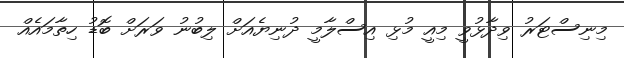
މިނިސްޓަރު ވިދާޅުވީ މިއީ މުޅި އިސްލާމީ ދުނިޔެއަށް ލިބުނު ވަރަށް ބޮޑު ހިތާމައެއް